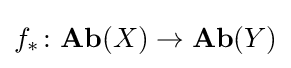
f_{*}\colon \mathbf {Ab} (X)\to \mathbf {Ab} (Y)